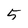
Character: 5